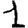
Digit: 1